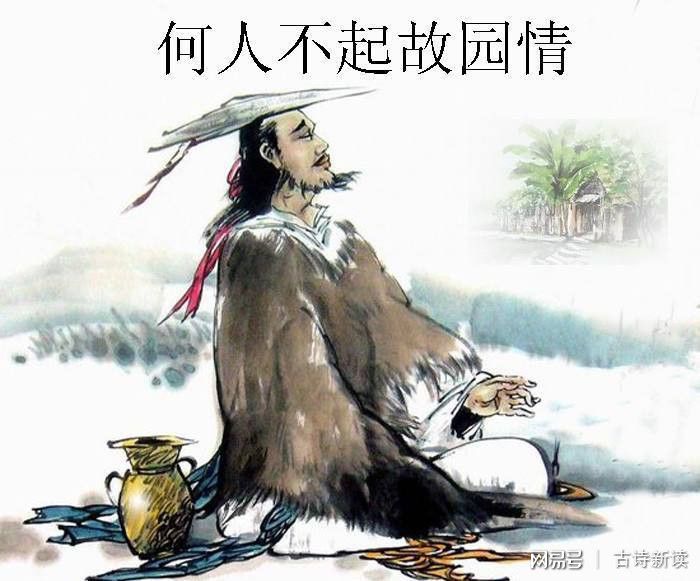
此夜曲中闻折柳，何人不起故园情。